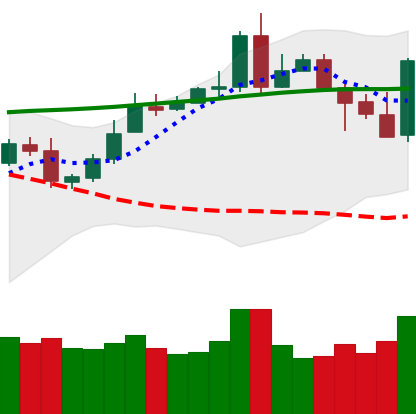
Ticker: XMR-USD
Chart end date: 2020-05-07
Forward return: -4.82%
Label: down_3_5